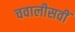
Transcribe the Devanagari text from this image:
चवालीसवीं